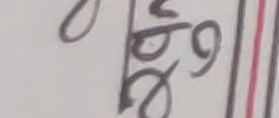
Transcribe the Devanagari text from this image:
छ०